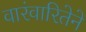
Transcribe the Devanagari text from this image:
वारंवारितेने